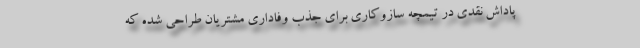
پاداش نقدی در تیمچه سازوکاری برای جذب وفاداری مشتریان طراحی شده که